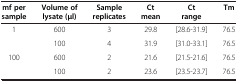
<table><thead><tr><td><b>mf per sample</b></td><td><b>Volume of lysate (μl)</b></td><td><b>Sample replicates</b></td><td><b>Ct mean</b></td><td><b>Ct range</b></td><td><b>Tm</b></td></tr></thead><tbody><tr><td rowspan="2">1</td><td>600</td><td>3</td><td>29.8</td><td>[28.6-31.9]</td><td>76.5</td></tr><tr><td>100</td><td>4</td><td>31.9</td><td>[31.0-33.1]</td><td>76.5</td></tr><tr><td rowspan="2">100</td><td>600</td><td>2</td><td>21.6</td><td>[21.5-21.6]</td><td>76.5</td></tr><tr><td>100</td><td>2</td><td>23.6</td><td>[23.5-23.7]</td><td>76.5</td></tr></tbody></table>